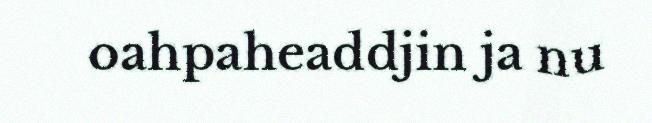
oahpaheaddjin ja nu